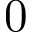
0